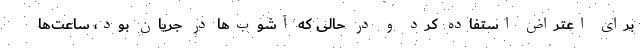
برای اعتراض استفاده کرد و در حالی که آشوب‌ها در جریان بود، ساعت‌ها